Insane asylums in Bengal annual reports 1867-1875 - 1867-1875
Year: 1867
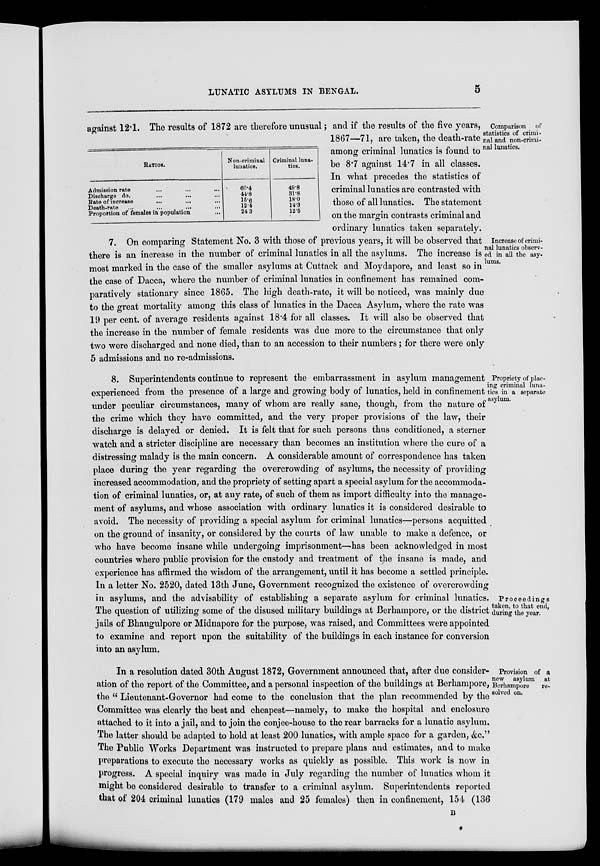
LUNATIC ASYLUMS IN BENGAL.
5
Comparison of
statistics of crimi-
nal and non-crimi-
nal lunatics.
RATIOS.
Admission rate ... ... ...
Discharge do. ... ... ...
Rate of increase
...
...
...
Death-rate ... ... ... ...
Proportion of females in population ...
Non-criminal
lunatics.
60.4
44.8
15.6
12.4
24.3
Criminal luna-
tics.
49.8
31.8
18.0
14.3
12.5
against 12.1. The results of 1872 are therefore unusual; and if the results of the five years,
1867—71, are taken, the death-rate
among criminal lunatics is found to
be 8.7 against 14.7 in all classes.
In what precedes the statistics of
criminal lunatics are contrasted with
those of all lunatics. The statement
on the margin contrasts criminal and
ordinary lunatics taken separately.
Increase of crimi-
nal lunatics observ-
ed in all the asy-
lums.
7. On comparing Statement No. 3 with those of previous years, it will be observed that
there is an increase in the number of criminal lunatics in all the asylums. The increase is
most marked in the case of the smaller asylums at Cuttack and Moydapore, and least so in
the case of Dacca, where the number of criminal lunatics in confinement has remained com-
paratively stationary since 1865. The high death-rate, it will be noticed, was mainly due
to the great mortality among this class of lunatics in the Dacca Asylum, where the rate was
19 per cent. of average residents against 18.4 for all classes. It will also be observed that
the increase in the number of female residents was due more to the circumstance that only
two were discharged and none died, than to an accession to their numbers; for there were only
5 admissions and no re-admissions.
Propriety of plac-
ing criminal luna-
tics in a separate
asylum.
Proceedings
taken, to that end,
during the year.
8. Superintendents continue to represent the embarrassment in asylum management
experienced from the presence of a large and growing body of lunatics, held in confinement
under peculiar circumstances, many of whom are really sane, though, from the nature of
the crime which they have committed, and the very proper provisions of the law, their
discharge is delayed or denied. It is felt that for such persons thus conditioned, a sterner
watch and a stricter discipline are necessary than becomes an institution where the cure of a
distressing malady is the main concern. A considerable amount of correspondence has taken
place during the year regarding the overcrowding of asylums, the necessity of providing
increased accommodation, and the propriety of setting apart a special asylum for the accommoda-
tion of criminal lunatics, or, at any rate, of such of them as import difficulty into the manage-
ment of asylums, and whose association with ordinary lunatics it is considered desirable to
avoid. The necessity of providing a special asylum for criminal lunatics—persons acquitted
on the ground of insanity, or considered by the courts of law unable to make a defence, or
who have become insane while undergoing imprisonment—-has been acknowledged in most
countries where public provision for the custody and treatment of the insane is made, and
experience has affirmed the wisdom of the arrangement, until it has become a settled principle.
In a letter No. 2520, dated 13th June, Government recognized the existence of overcrowding
in asylums, and the advisability of establishing a separate asylum for criminal lunatics.
The question of utilizing some of the disused military buildings at Berhampore, or the district
jails of Bhaugulpore or Midnapore for the purpose, was raised, and Committees were appointed
to examine and report upon the suitability of the buildings in each instance for conversion
into an asylum.
Provision of a
new asylum at
Berhampore
re-
solved on.
In a resolution dated 30th August 1872, Government announced that, after due consider-
ation of the report of the Committee, and a personal inspection of the buildings at Berhampore,
the "Lieutenant-Governor had come to the conclusion that the plan recommended by the
Committee was clearly the best and cheapest—namely, to make the hospital and enclosure
attached to it into a jail, and to join the conjee-house to the rear barracks for a lunatic asylum.
The latter should be adapted to hold at least 200 lunatics, with ample space for a garden, &c."
The Public Works Department was instructed to prepare plans and estimates, and to make
preparations to execute the necessary works as quickly as possible. This work is now in
progress. A special inquiry was made in July regarding the number of lunatics whom it
might be considered desirable to transfer to a criminal asylum. Superintendents reported
that of 204 criminal lunatics (179 males and 25 females) then in confinement, 154 (136
B